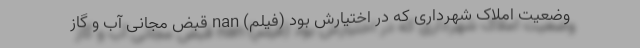
وضعیت املاک شهرداری که در اختیارش بود (فیلم) nan قبض مجانی آب و گاز